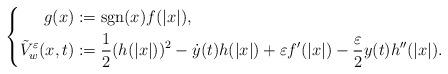
LaTeX: \begin{align*}\left\{ \begin{aligned}g (x) & := {\rm sgn}(x) f(|x|), \\\tilde V_w^{\varepsilon}(x,t) & := \frac{1}{2} (h(|x|))^2 - \dot y(t) h(|x|) + \varepsilon f ' (|x|) - \frac{\varepsilon}{2} y(t) h''(|x|).\end{aligned}\right.\end{align*}